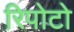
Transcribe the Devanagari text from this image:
रिपोटो